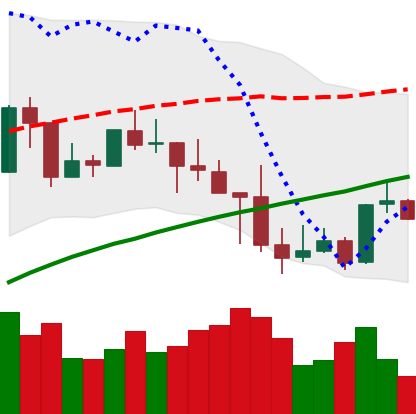
Ticker: LINK-USD
Chart end date: 2019-05-02
Forward return: 17.544%
Label: up_7plus